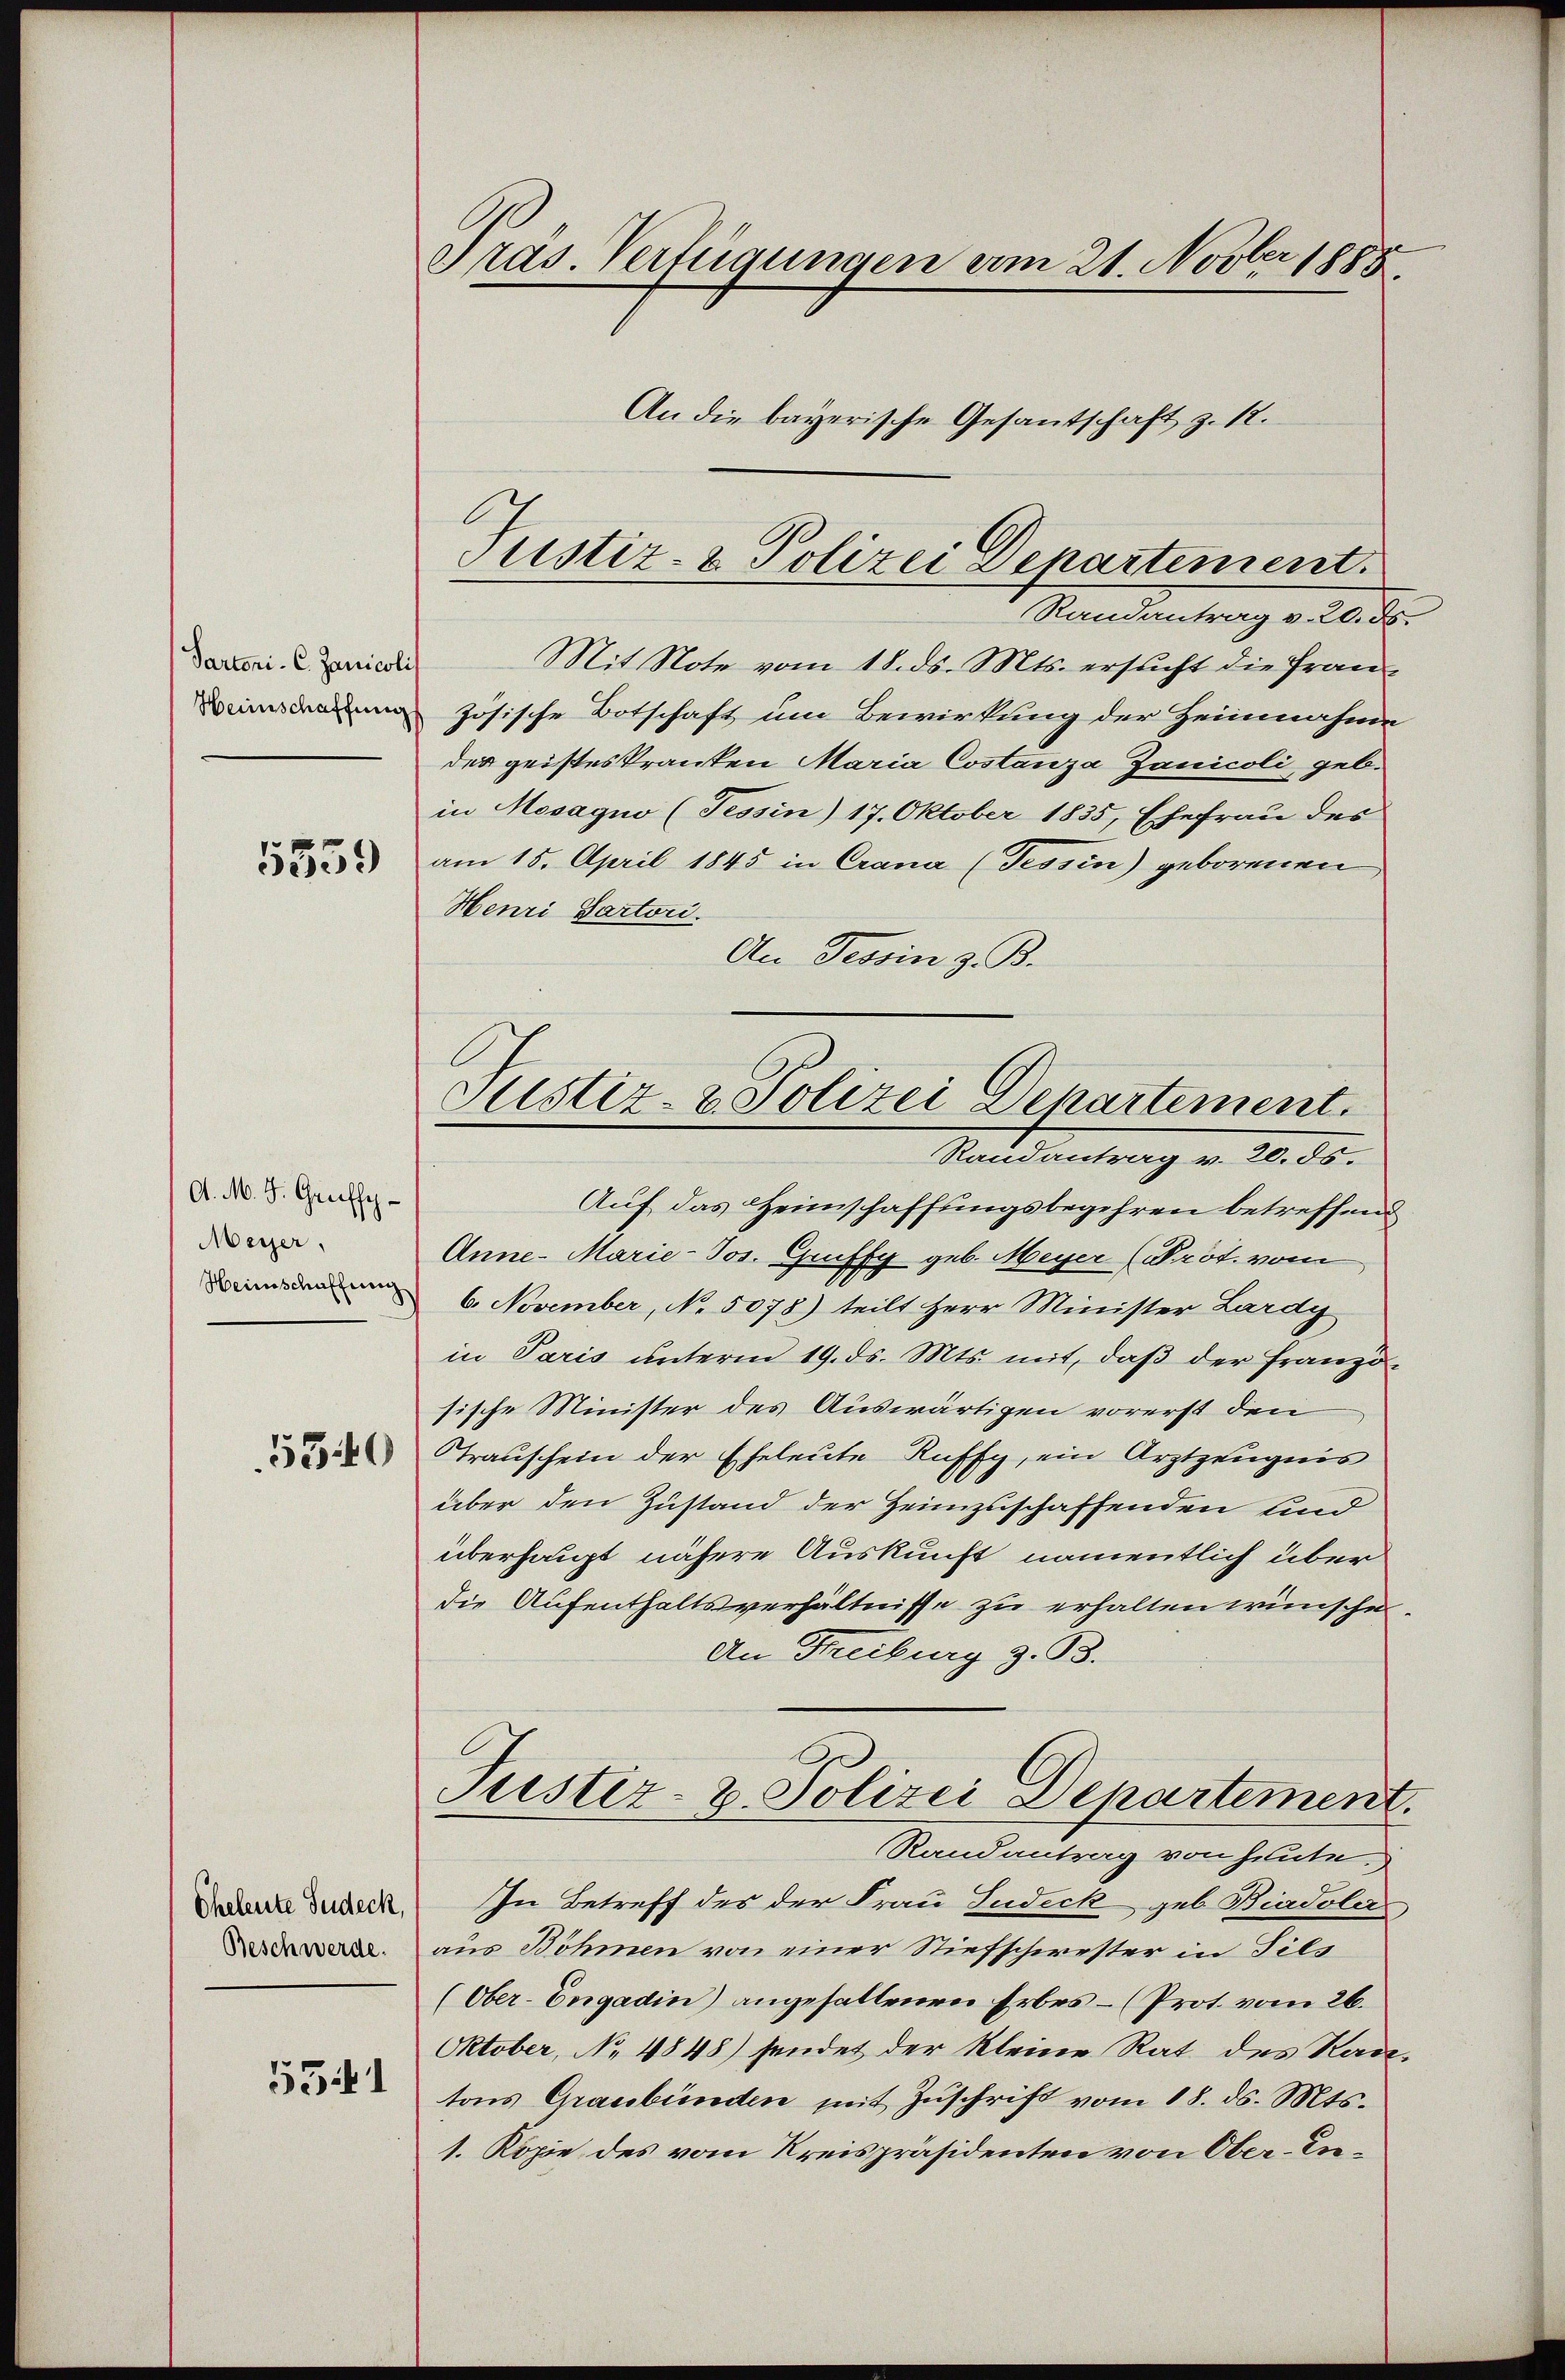
Partoni-C. Janicolis
Heinschaffung
5559

A. M. J. Graffe
Meyer,
Heimschaffung
5340

Eheleute Judeck,
Beschwerde.
5541

Pras. Verfügungen vom 21. Novber 1888.
An die bayerische Gesantschaft z. 12.

Justiz- & Polizei Departement.
Randantrag v. 20. ds.

Justiz- & Polizei Departement.
Randantrag v. 20. ds.

Mit Note vom 18. ds. Mts. ersucht die Französische Botschaft um Bewirkung der Heinnahme
des geisteskranken Maria Costanza Zanicoli, geb.
in Mosagno (Tessin) 17. Oktober 1835, Ehefrau des
am 15. April 1845 in Crana (Tessin) geborenen,
Henri Partori.
An Tessin z. B.
Auf das Heimschaffungsbegehren betreffend
Anne- Marie-Jos. Gruffy geb. Meyer (Prot. vom
6. November, No. 5078) teilt Herr Minister Lardy
in Paris unterm 19. ds. Mts. mit, daß der Französische Minister des Auswärtigen vorerst den
Trauschein der Eheleute Ruffy, ein Arztzeugnis
über den Zustand der Heimzuschaffenden und
überhaupt nähere Auskunft namentlich über
die Aufenthaltsverhältnisse zu erhalten wünsche.
An Freiburg z. B.
Justiz- & Polizei Departement.
Randantrag von heute.
In Betreff des der Frau Judeck geb. Biasole
aus Böhmen von einer Stiefschwester in Fils
(Ober-Engadin) angehaltenen Erbes – (Prot. vom 26.
Oktober, No 4848) sendet der kleine Rat des Rade-
tons Graubünden mit Zuschrift vom 18. ds. Mts.
1. Kopie des vom Kreispräsidenten von Ober-In¬